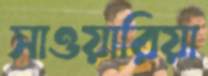
সাওয়ারিয়া